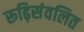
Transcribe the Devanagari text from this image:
रूढ़िसंवलित